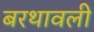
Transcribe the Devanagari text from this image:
बरथावली